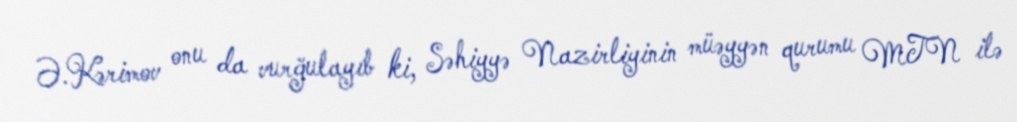
Ə.Kərimov onu da vurğulayıb ki, Səhiyyə Nazirliyinin müəyyən qurumu MTN ilə